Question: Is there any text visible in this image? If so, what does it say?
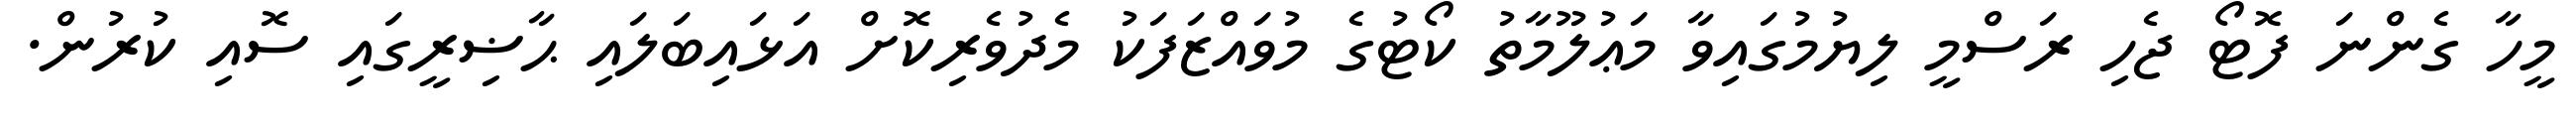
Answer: މީހާ ގެންނަ ފޮޓޯ ޖެހި ރަސްމީ ލިޔުމުގައިވާ މަޢުލޫމާތު ކޯޓުގެ މުވައްޒަފަކު މެދުވެރިކޮށް އަޅައިބަލައި ޙާޟިރީގައި ސޮއި ކުރުން.